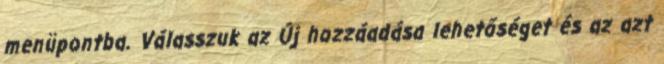
menüpontba. Válasszuk az Új hozzáadása lehetőséget és az azt